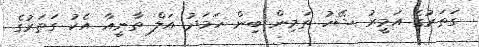
ގަތަރުގެ އަމީރު ޝޭހު ތަމިން ބިން ހަމަދު އަލް ތާނީއާ އެކު ގަތަރުގެ